Annual administration report of the Civil Veterinary Department of India - 1897-1898
Year: 1897
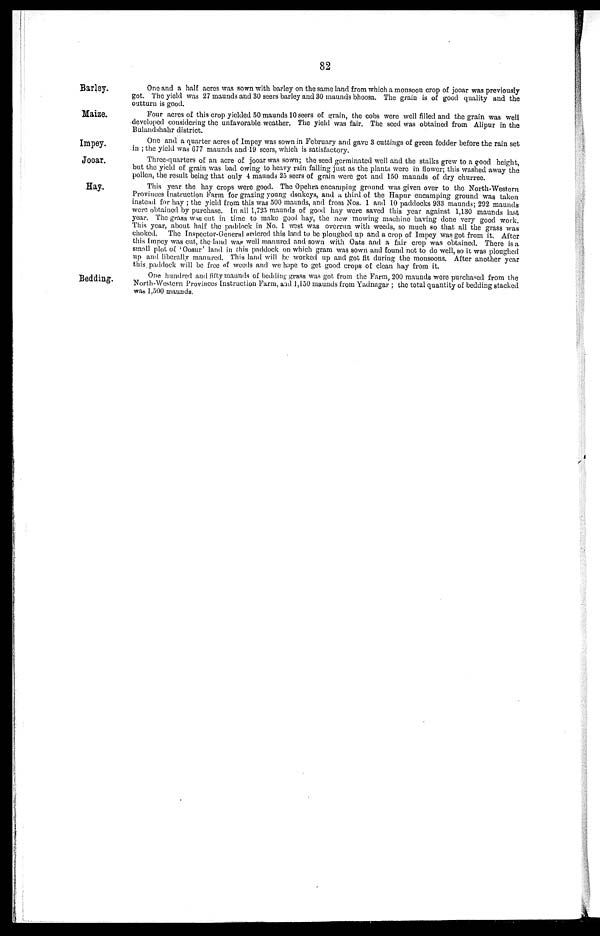
82
Barley.
One and a half acres was sown with barley on the same land from which a monsoon crop of jooar was previously
got. The yield was 27 maunds and 30 seers barley and 30 maunds bhoosa. The grain is of good quality and the
outturn is good.
Maize.
Four acres of this crop yielded 50 maunds 10 seers of grain, the cobs were well filled and the grain was well
developed considering the unfavorable weather. The yield was fair. The seed was obtained from Alipur in the
Bulandshahr district.
Impey.
One and a quarter acres of Impey was sown in February and gave 3 cuttings of green fodder before the rain set
in; the yield was 677 maunds and 19 seers, which is satisfactory.
Jooar.
Three-quarters of an acre of jooar was sown; the seed germinated well and the stalks grew to a good height,
but the yield of grain was bad owing to heavy rain falling just as the plants were in flower; this washed away the
pollen, the result being that only 4 maunds 25 seers of grain were got and 150 maunds of dry churree.
Hay.
This year the hay crops were good. The Opehra encamping ground was given over to the North-Western
Provinces Instruction Farm for grazing young donkeys, and a third of the Hapur encamping ground was taken
instead for hay; the yield from this was 500 maunds, and from Nos. 1 and 10 paddocks 933 maunds; 292 maunds
were obtained by purchase. In all 1,725 maunds of good hay were saved this year against 1,130 maunds last
year. The grass was cut in time to make good hay, the new mowing machine having done very good work.
This year, about half the paddock in No. 1 west was overrun with weeds, so much so that all the grass was
choked. The Inspector-General ordered this land to be ploughed up and a crop of Impey was got from it. After
this Impey was cut, the land was well manured and sown with Oats and a fair crop was obtained. There is a
small plot of 'Oosur' land in this paddock on which gram was sown and found not to do well, so it was ploughed
up and liberally manured. This land will be worked up and got fit during the monsoons. After another year
this paddock will be free of weeds and we hope to get good crops of clean hay from it.
Bedding.
One hundred and fifty maunds of bedding grass was got from the Farm, 200 maunds were purchased from the
North-Western Provinces Instruction Farm, and 1,150 maunds from Yadnagar; the total quantity of bedding stacked
was 1,500 maunds.